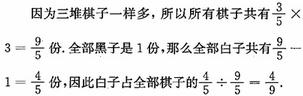
因为三堆棋子一样多，所以所有棋子共有$\frac{5}{3} \times 3 = \frac{9}{5}$份。全部黑子是1份，那么全部白子共有$\frac{9}{5} - 1 = \frac{4}{5}$份，因此白子占全部棋子的$\frac{4}{5} \div \frac{9}{5} = \frac{4}{9}$。